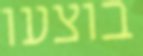
בוצעו